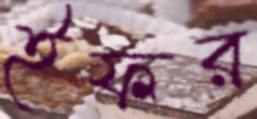
ইফর